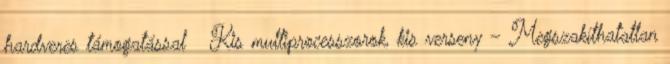
hardveres támogatással ● Kis multiprocesszorok, kis verseny – Megszakíthatatlan